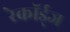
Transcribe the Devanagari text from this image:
रेकॉर्ड्‌ज